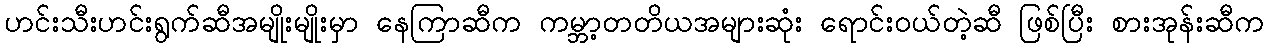
ဟင်းသီးဟင်းရွက်ဆီအမျိုးမျိုးမှာ နေကြာဆီက ကမ္ဘာ့တတိယအများဆုံး ရောင်းဝယ်တဲ့ဆီ ဖြစ်ပြီး စားအုန်းဆီက